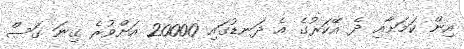
އިން ކަމަށާއި ދެ އޭކަރުގެ އެ ދަނޑުގައި 20000 އަށްވުރެ ގިނަ ގަސް